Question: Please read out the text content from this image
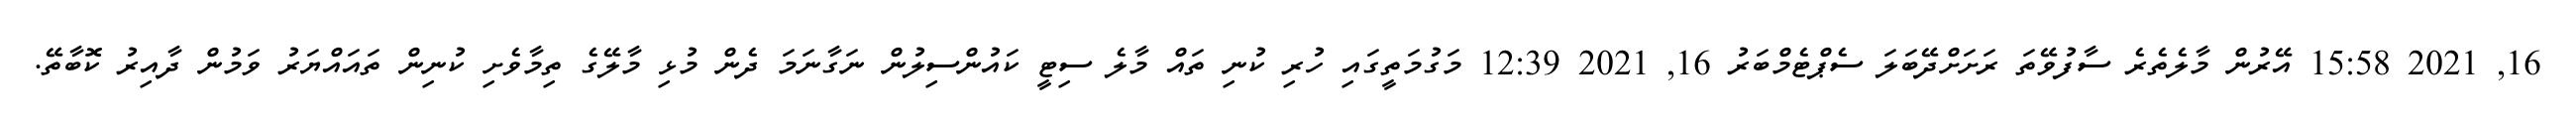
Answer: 16, 2021 15:58 އޭރުން މާލެތެރެ ސާފުވޭތަ ރަށަށްދޭބަލަ ސެޕްޓެމްބަރު 16, 2021 12:39 މަގުމަތީގައި ހުރި ކުނި ތައް މާލެ ސިޓީ ކައުންސިލުން ނަގާނަމަ ދެން މުޅި މާލޭގެ ތިމާވެށި ކުނިން ތައައްޔަރު ވަމުން ދާއިރު ކޮބާތޭ.